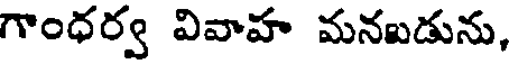
గాంధర్వ వివాహ మనబడును,